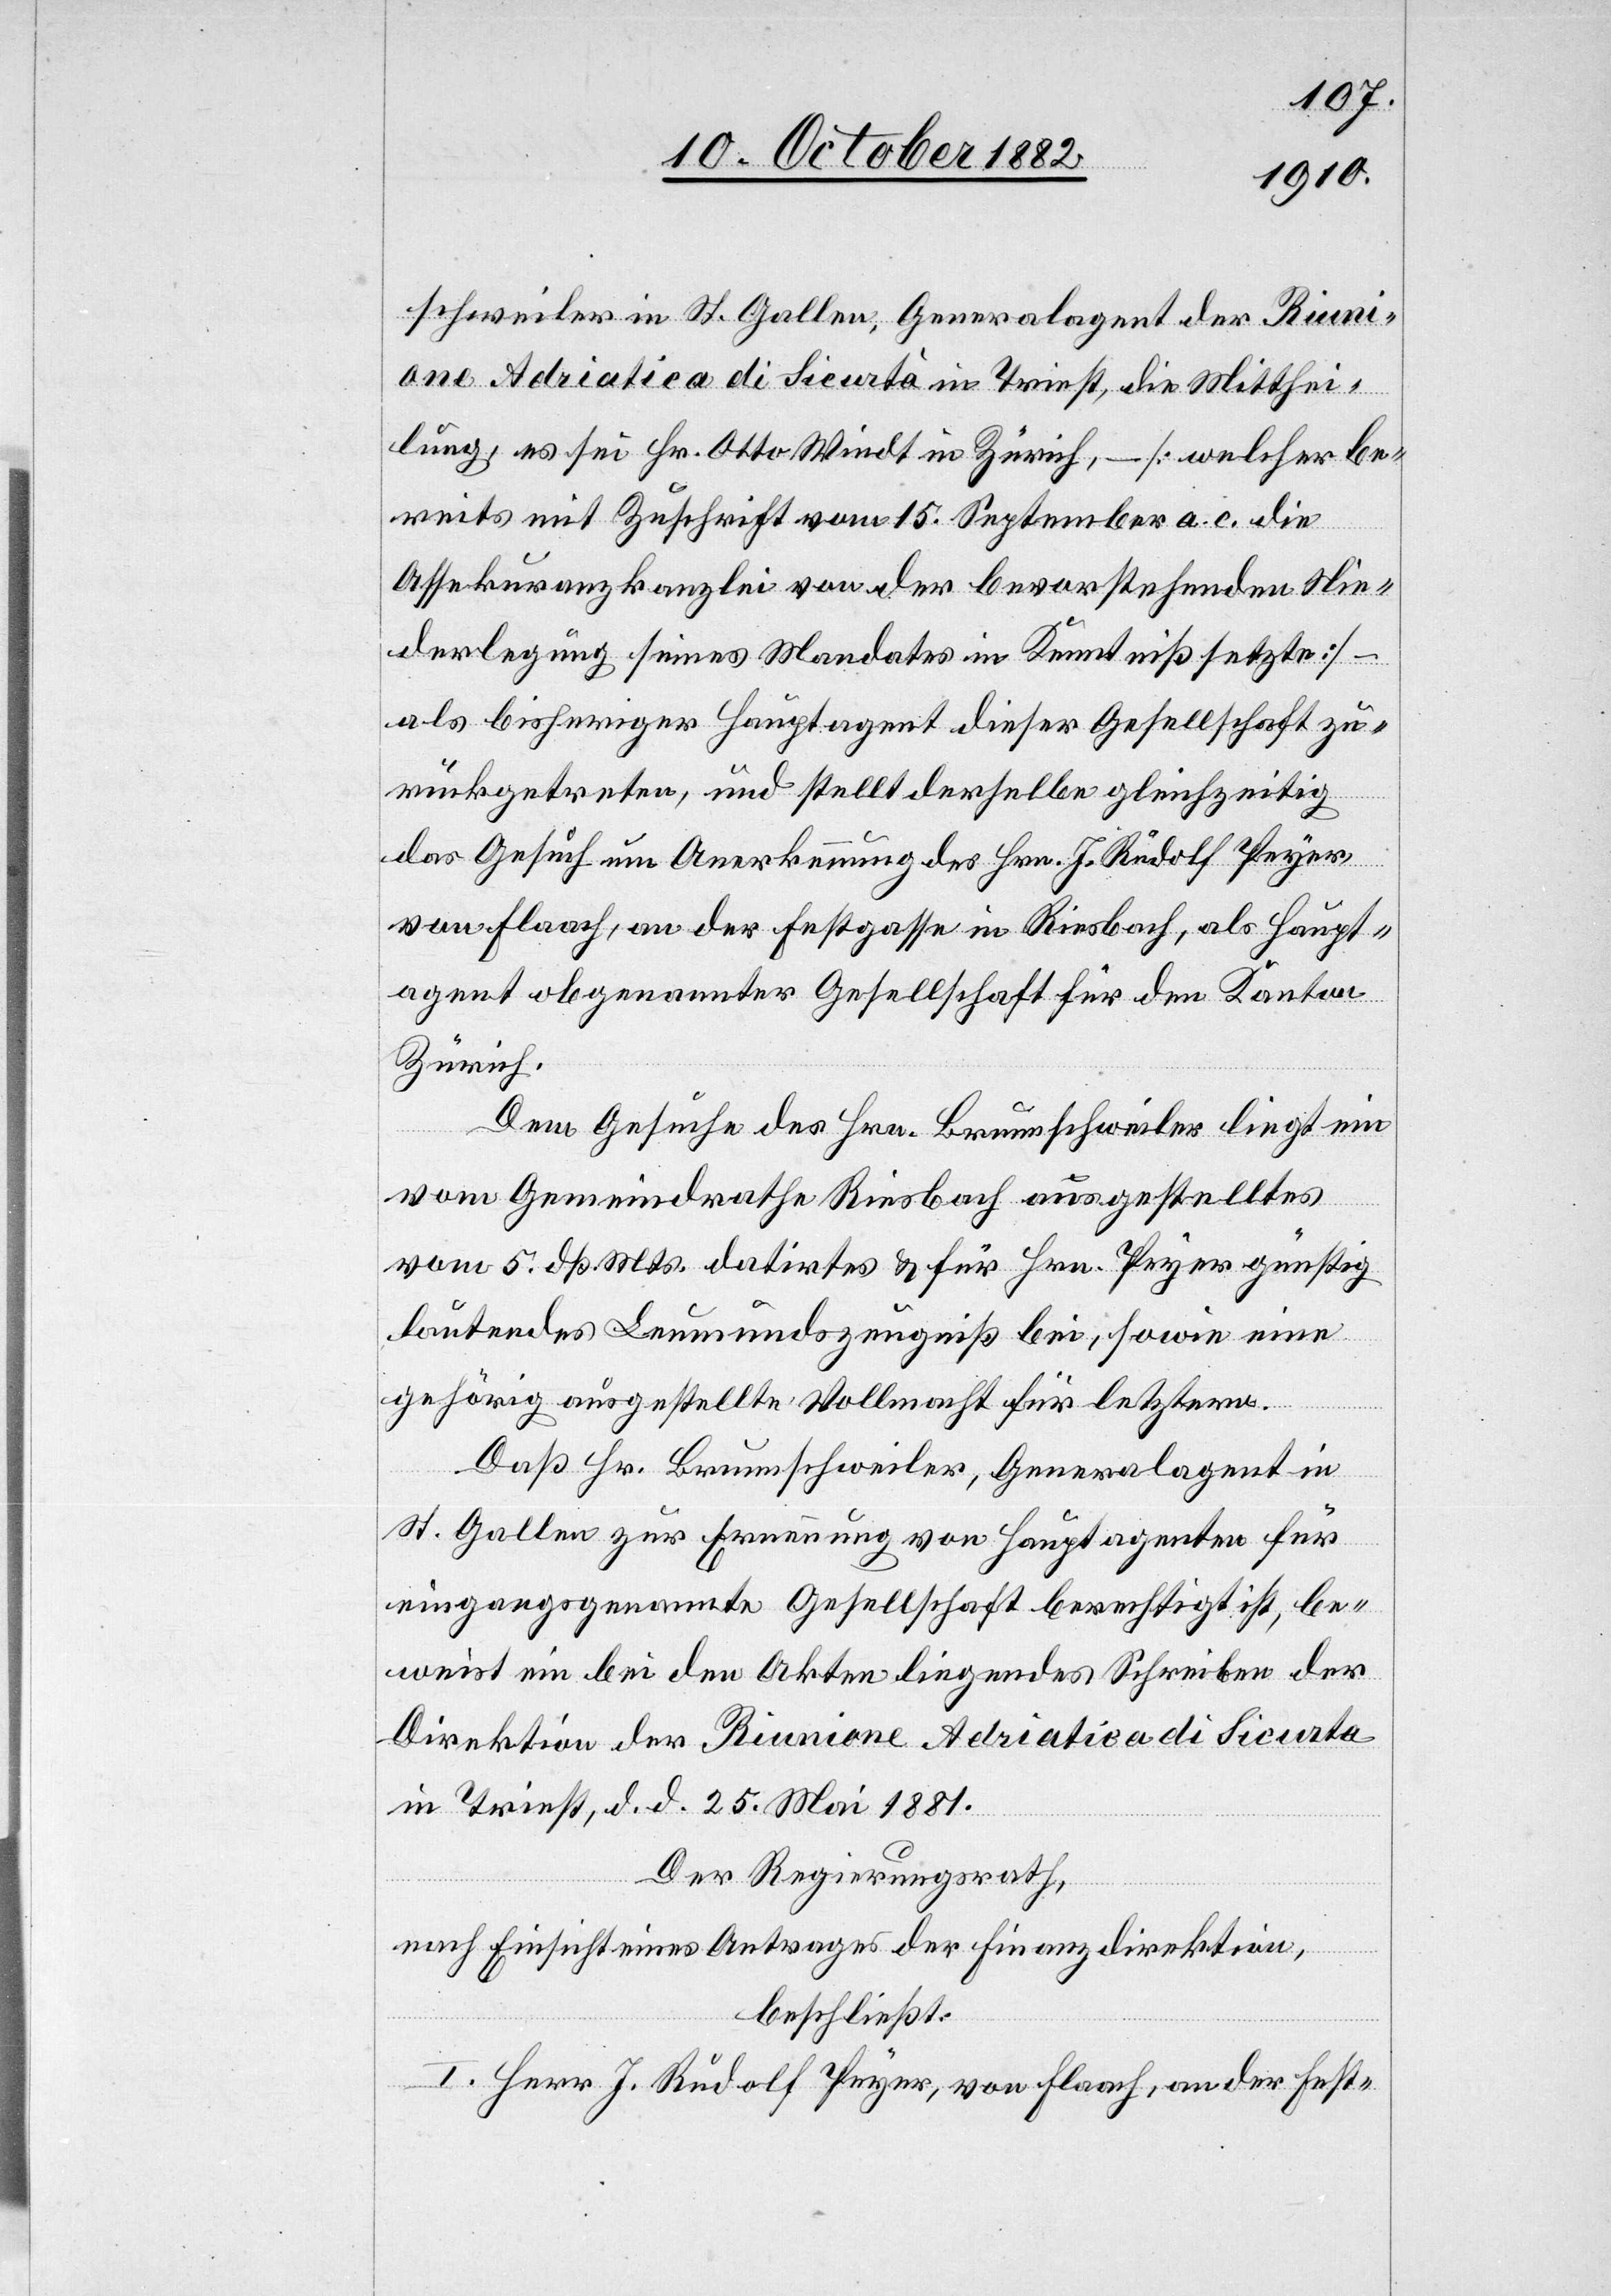
schweiler in St. Gallen, Generalgent der Riuni¬
one Adriatica di Sicurtà in Triest, die Mitthei¬
lung, es sei Hr. Ott Windt in Zürich, – [welcher be¬
reits mit Zuschrift vom 15. September a. c. die
Assekuranzkanzlei von der bevorstehenden Nie¬
derlegung seines Mandates in Kenntniß setzt] –
als bisheriger Hauptagent dieser Gesellschaft zu¬
rückgetreten, und stellt derselbe gleichzeitig
das Gesuch um Anerkennung des Hrn. J. Rudolf Peyer,
von Flaach, an der Festgasse in Riesbach, als Haupt¬
agent obgenannter Gesellschaft für den Kanton
Zürich.
Dem Gesuche des Hrn. Brunnschweiler liegt ein
vom Gemeindrathe Riesbach ausgestelltes
vom 5. dß. Mts. datirtes & für Hrn. Peyer günstig
lautendes Leumundszeugniß bei, sowie eine
gehörig ausgestellte Vollmacht für letztern.
Daß Hr. Brunnschweiler, Generalagent in
St. Gallen zur Ernennung von Hauptagenten für
eingangsgenannte Gesellschaft berechtigt ist, be¬
weist ein bei den Akten liegendes Schreiben der
Direktion der Riunione Adriatica di Sicurta
in Triest, d. d. 25. Mai 1881.
Der Regierungsrath,
nach Einsicht eines Antrages der Finanzdirektion,
beschließt:
I. Herr J. Rudolf Peyer, von Flaach, an der Fest-